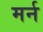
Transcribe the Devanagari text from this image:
मर्न